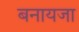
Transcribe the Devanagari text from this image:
बनायजा